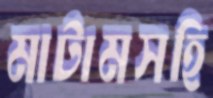
মাটামসহি